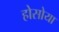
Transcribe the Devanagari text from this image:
होसोया